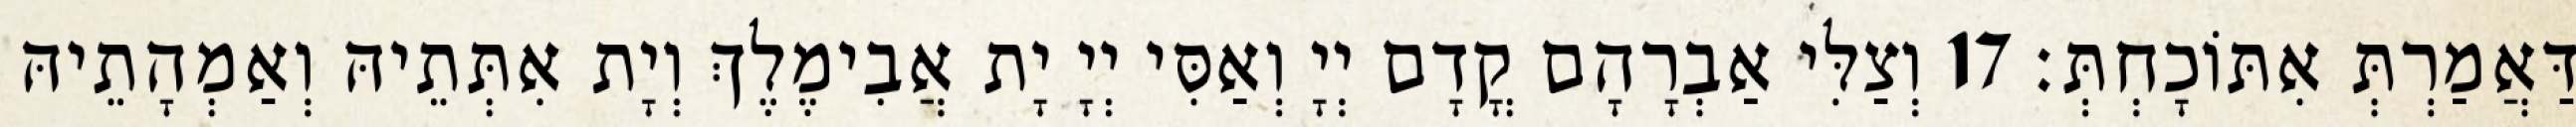
דַּאֲמַרְתְּ אִתּוֹכָחְתְּ׃ 17 וְצַלִּי אַבְרָהָם קֳדָם יְיָ וְאַסִּי יְיָ יָת אֲבִימֶלֶךְ וְיָת אִתְּתֵיהּ וְאַמְהָתֵיהּ